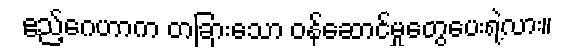
ဧည့်ဂေဟာက တခြားသော ဝန်ဆောင်မှုတွေပေးရဲ့လား။